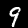
Label: 9